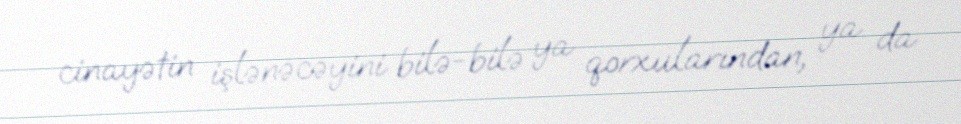
cinayətin işlənəcəyini bilə-bilə ya qorxularından, ya da